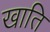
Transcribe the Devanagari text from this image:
खाति